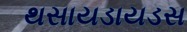
થસાયડાયડસ